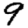
Digit: 9